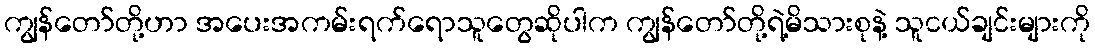
ကျွန်တော်တို့ဟာ အပေးအကမ်းရက်ရောသူတွေဆိုပါက ကျွန်တော်တို့ရဲ့မိသားစုနဲ့ သူငယ်ချင်းများကို